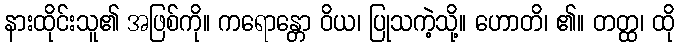
နားထိုင်းသူ၏ အဖြစ်ကို။ ကရောန္တော ဝိယ၊ ပြုသကဲ့သို့။ ဟောတိ၊ ၏။ တတ္ထ၊ ထို